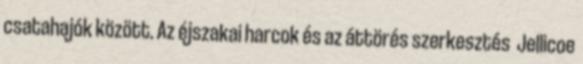
csatahajók között. Az éjszakai harcok és az áttörés szerkesztés Jellicoe